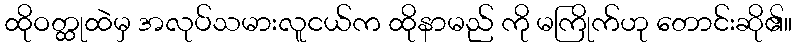
ထိုဝတ္ထုထဲမှ အလုပ်သမားလူငယ်က ထိုနာမည် ကို မကြိုက်ဟု တောင်းဆို၏။